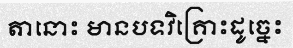
តានោះ មានបទវិគ្រោះដូច្នេះ